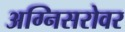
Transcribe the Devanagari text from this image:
अग्निसरोवर